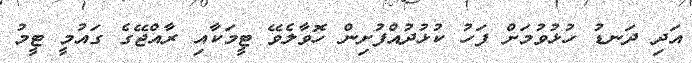
އަދި ދަނޑު ހުޅުވުމަށް ފަހު ކުޅުދުއްފުށިން ހޮވާލެވޭ ޓީމަކާއި ރާއްޖޭގެ ގައުމީ ޓީމު